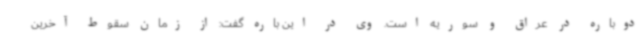
دوباره در عراق و سوریه است. وی در این باره گفت: از زمان سقوط آخرین